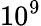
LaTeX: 10^{9}